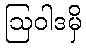
ဩဝါဒမှိ